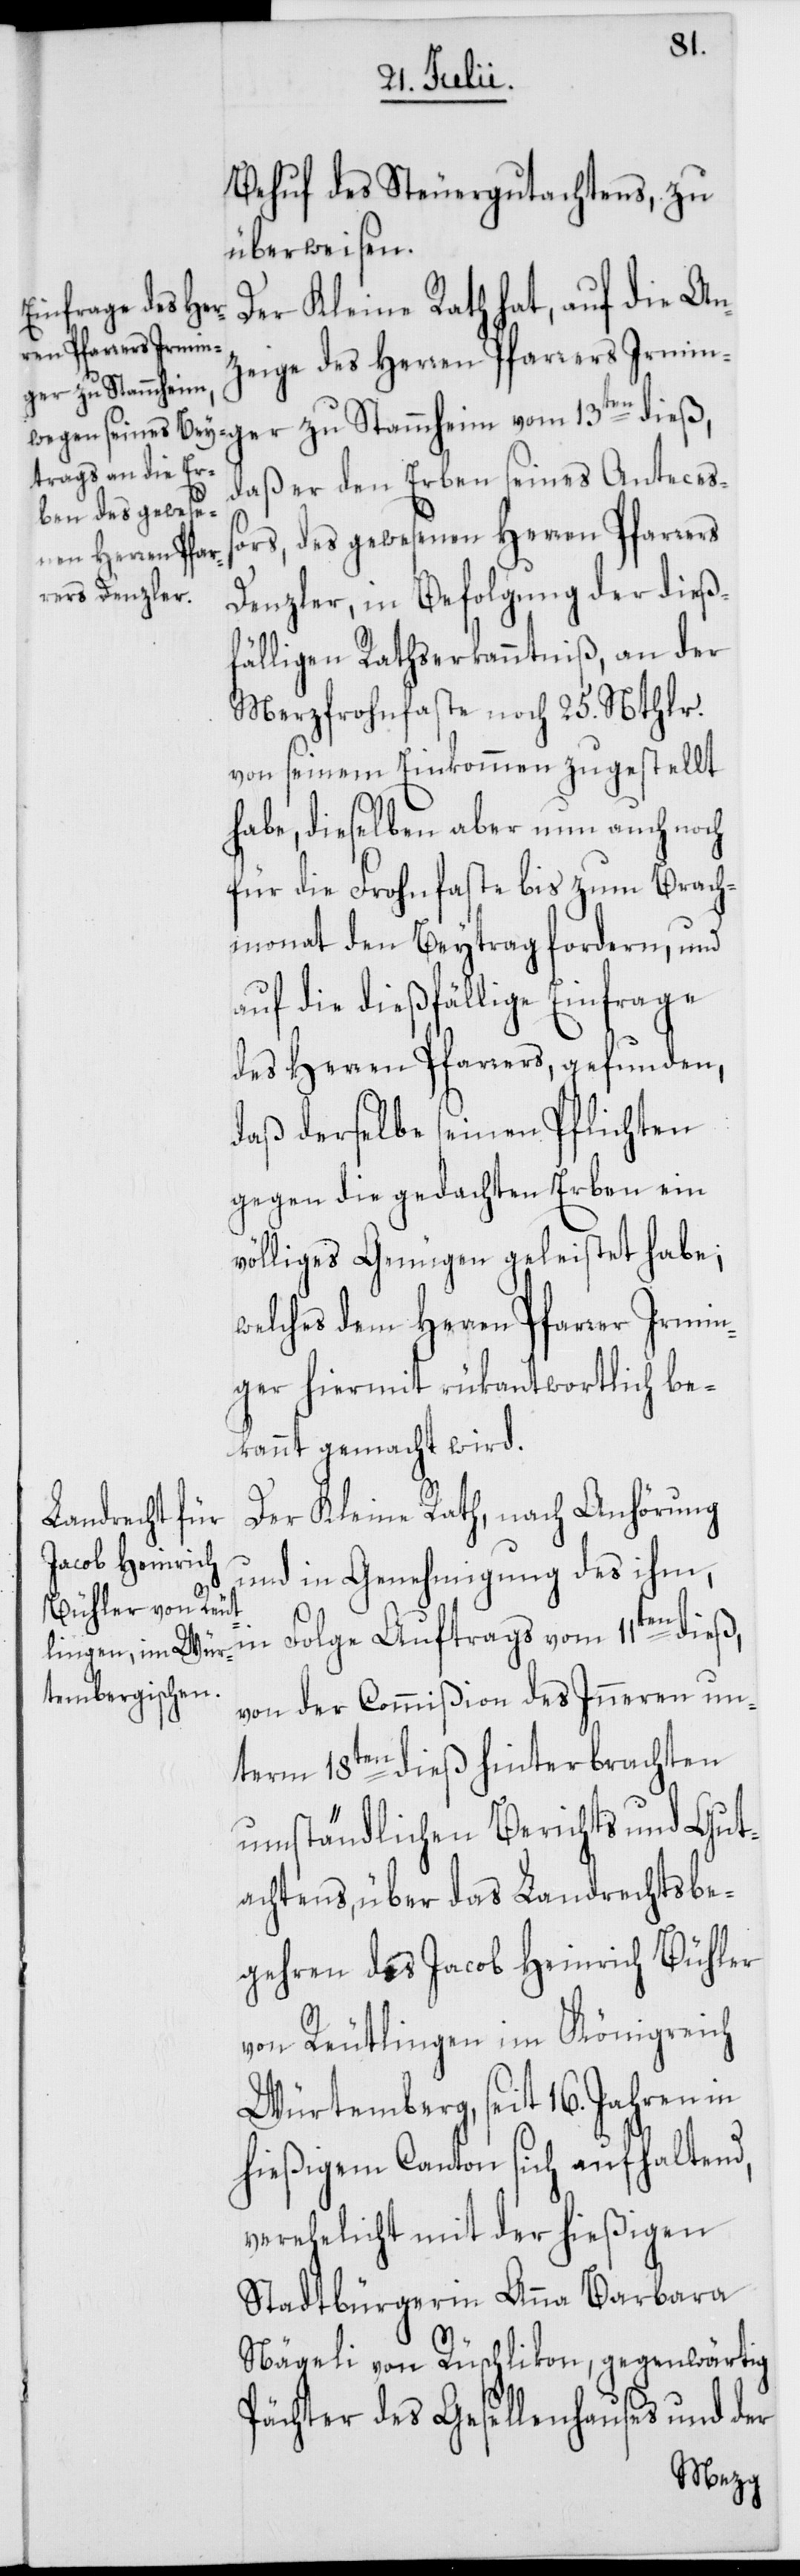
Behuf des Steuergutachtens, zu
überweisen.
Der Kleine Rath hat, auf die An¬
zeige des Herren Pfarrers Irmin¬
ger zu Stammheim
daß er den Erben seines Anteceß¬
ors, des gewesenen Herren Pfarrers
Denzler, in Befolgung der dieß¬
fälligen Rathserkanntniß, an der
Merzfrohnfaste noch 25. Nthlr.
von seinem Einkommen zugestellt
habe, dieselben aber nun auch noch
für die Frohnfaste bis zum Brach¬
monat den Beytrag fordern, und
auf die dießfällige Einfrage
des Herren Pfarrers, gefunden,
daß derselbe seinen Pflichten
gegen die gedachten Erben ein
völliges Genügen geleistet habe;
welches dem Herren Pfarrer Irmin¬
ger hiermit rükantwortlich be¬
kannt gemacht wird.
Der Kleine Rath, nach Anhörung
und in Genehmigung des ihm,
in Folge Auftrags vom 11ten dieß,
von der Commißion des Inneren un¬
term 18ten dieß hinterbrachten
umständlichen Berichts und Gut¬
achtens, über das Landrechtsbe¬
gehren des Jacob Heinrich Bühler
von Reutlingen im Königreich
Würtemberg, seit 16. Jahren in
hießigem Canton sich aufhaltend,
verehelicht mit der hießigen
Stadtbürgerin Anna Barbara
Nägeli von Rüschlikon, gegenwärtig
Pächter des Gesellenhauses und der